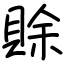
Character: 賖